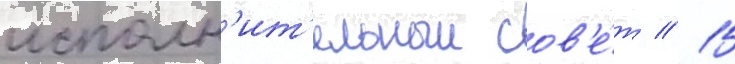
исполн'ит'ельныи сов'е́т // 15